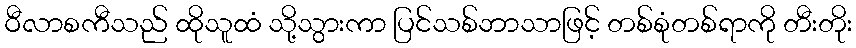
ဝီလာစကီသည် ထိုသူထံ သို့သွားကာ ပြင်သစ်ဘာသာဖြင့် တစ်စုံတစ်ရာကို တီးတိုး